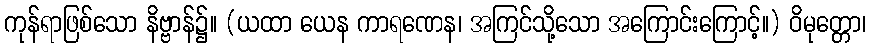
ကုန်ရာဖြစ်သော နိဗ္ဗာန်၌။ (ယထာ ယေန ကာရဏေန၊ အကြင်သို့သော အကြောင်းကြောင့်။) ဝိမုတ္တော၊